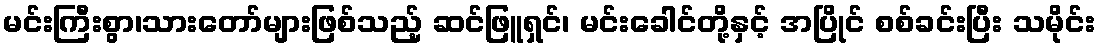
မင်းကြီးစွာ၊သားတော်များဖြစ်သည့် ဆင်ဖြူရှင်၊ မင်းခေါင်တို့နှင့် အပြိုင် စစ်ခင်းပြီး သမိုင်း